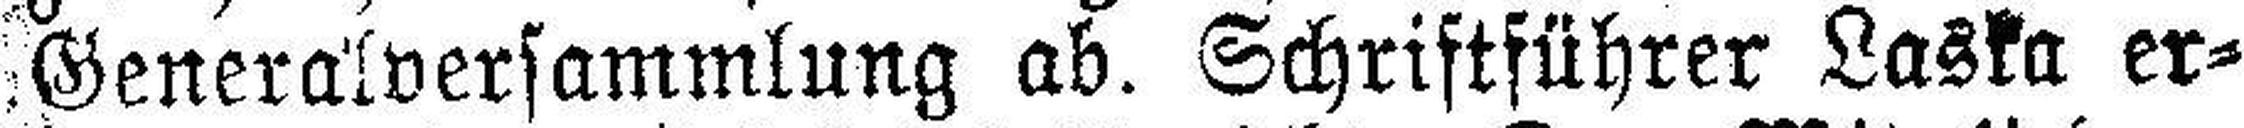
(Generalversammlung ab. Schriftführer Laska er¬